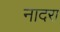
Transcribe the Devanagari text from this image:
नादरा